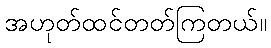
အဟုတ်ထင်တတ်ကြတယ်။